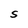
Character: S